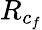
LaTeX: R_{c_{f}}